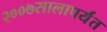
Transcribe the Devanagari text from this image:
२००७सालापर्यंत